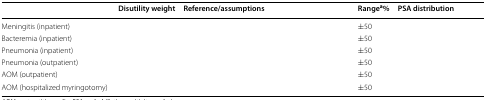
<table><thead><tr><td>[EMPTY_CELL]</td><td><b>Disutility weight</b></td><td><b>Reference/assumptions</b></td><td><b>Range<sup>a</sup>%</b></td><td><b>PSA distribution</b></td></tr></thead><tbody><tr><td>Meningitis (inpatient)</td><td>[EMPTY_CELL]</td><td>[EMPTY_CELL]</td><td>±50</td><td>[EMPTY_CELL]</td></tr><tr><td>Bacteremia (inpatient)</td><td>[EMPTY_CELL]</td><td>[EMPTY_CELL]</td><td>±50</td><td>[EMPTY_CELL]</td></tr><tr><td>Pneumonia (inpatient)</td><td>[EMPTY_CELL]</td><td>[EMPTY_CELL]</td><td>±50</td><td>[EMPTY_CELL]</td></tr><tr><td>Pneumonia (outpatient)</td><td>[EMPTY_CELL]</td><td>[EMPTY_CELL]</td><td>±50</td><td>[EMPTY_CELL]</td></tr><tr><td>AOM (outpatient)</td><td>[EMPTY_CELL]</td><td>[EMPTY_CELL]</td><td>±50</td><td>[EMPTY_CELL]</td></tr><tr><td>AOM (hospitalized myringotomy)</td><td>[EMPTY_CELL]</td><td>[EMPTY_CELL]</td><td>±50</td><td>[EMPTY_CELL]</td></tr></tbody></table>